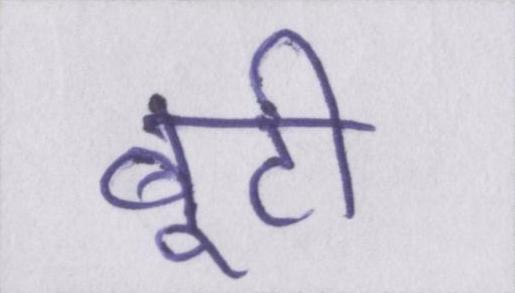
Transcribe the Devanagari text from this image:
बूटी